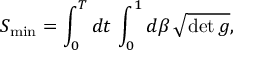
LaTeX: S _ { \mathrm { m i n } } = \int _ { 0 } ^ { T } d t \, \int _ { 0 } ^ { 1 } d \beta \, \sqrt { \operatorname * { d e t } g } ,